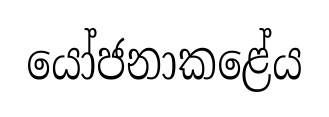
යෝජනාකළේය